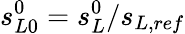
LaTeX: s_{L0}^{0}=s_{L}^{0}/s_{L,ref}